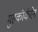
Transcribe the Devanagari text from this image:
मुहकॉर्करेन